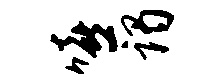
嘻谒